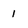
Character: 1